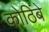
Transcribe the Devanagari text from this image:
कोठिंबे